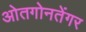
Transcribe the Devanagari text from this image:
ओतगोनतेंगर